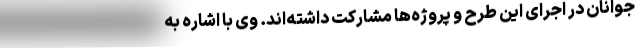
جوانان در اجرای این طرح و پروژه‌ها مشارکت داشته‌اند. وی با اشاره به